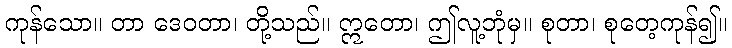
ကုန်သော။ တာ ဒေဝတာ၊ တို့သည်။ ဣတော၊ ဤလူ့ဘုံမှ။ စုတာ၊ စုတေ့ကုန်၍။